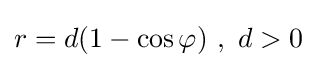
r=d(1-\cos \varphi )\ ,\ d>0\